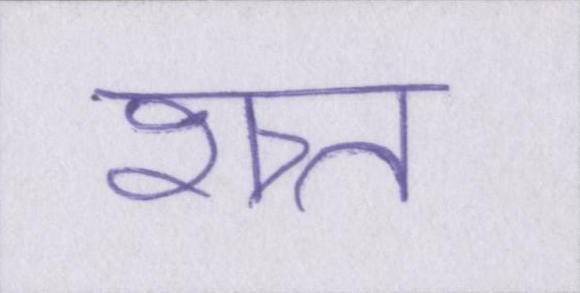
शत्र्त